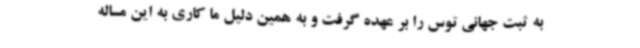
به ثبت جهانی توس را بر عهده گرفت و به همین دلیل ما کاری به این مساله